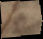
s